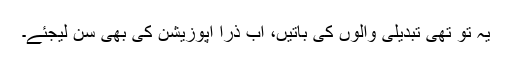
یہ تو تھی تبدیلی والوں کی باتیں، اب ذرا اپوزیشن کی بھی سن لیجئے۔